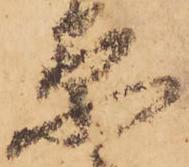
原